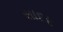
સાદર